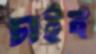
চাইব